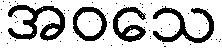
အဝသေ